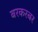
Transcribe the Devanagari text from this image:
बरकरबर